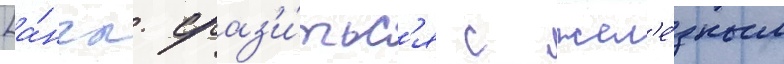
[а́нгл. сраз'и́тьс'я с жел'е́зным